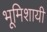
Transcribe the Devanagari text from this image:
भूमिशायी